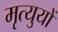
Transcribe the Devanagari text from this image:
मृत्युयों